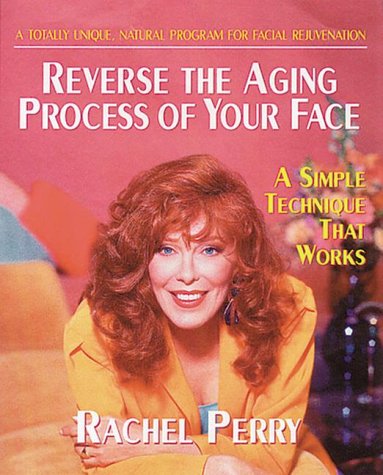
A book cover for Reverse the Aging Process of Your Face: A Simple Technique That Works; Rachel Perry; Health, Fitness & Dieting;